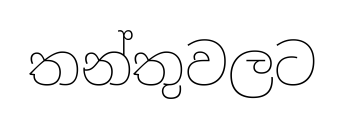
තන්තුවලට